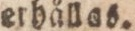
erhållas.